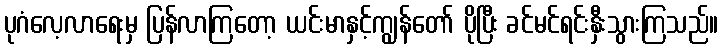
ပုဂံလေ့လာရေးမှ ပြန်လာကြတော့ ယင်းမာနှင့်ကျွန်တော် ပိုပြီး ခင်မင်ရင်းနှီးသွားကြသည်။